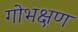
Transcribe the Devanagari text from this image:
गोभक्षण